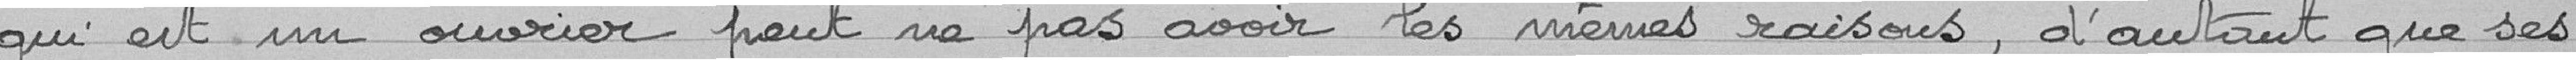
qui est un ouvrier peut ne pas avoir les mêmes raisons, d'autant que ses